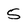
Character: 5